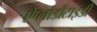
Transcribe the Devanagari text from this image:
ऐप्लोडौंटाइडी